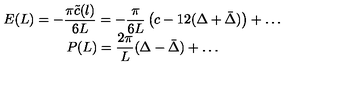
\begin{array} { c } { \displaystyle E ( L ) = - \displaystyle \frac { \pi \tilde { c } ( l ) } { 6 L } = - \displaystyle \frac { \pi } { 6 L } \left( c - 1 2 ( \Delta + \bar { \Delta } ) \right) + \ldots } \\ { P ( L ) = \displaystyle \frac { 2 \pi } { L } ( \Delta - \bar { \Delta } ) + \ldots } \\ \end{array}